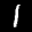
Label: 1